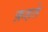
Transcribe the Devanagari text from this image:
क़हते